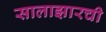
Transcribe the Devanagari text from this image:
सालाझारची